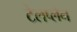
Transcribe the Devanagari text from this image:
टेलप्लेन